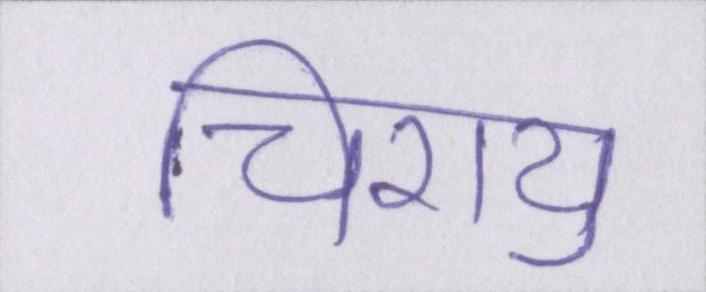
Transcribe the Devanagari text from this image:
चिरायु